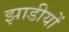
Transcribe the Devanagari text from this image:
झाडीयों